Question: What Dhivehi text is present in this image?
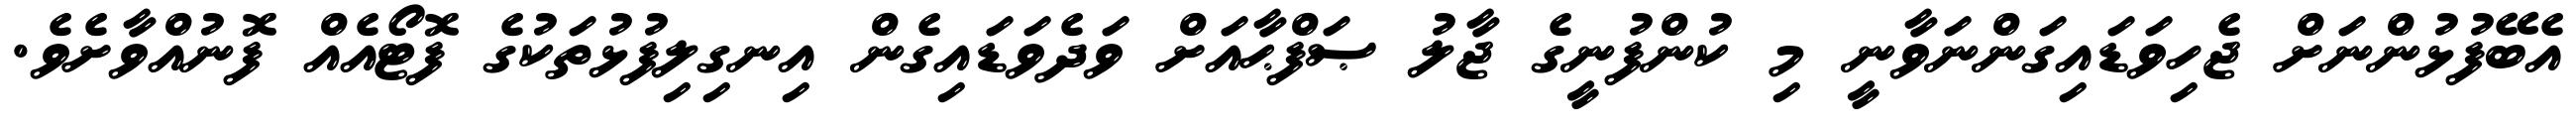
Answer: އެބޭފުޅުންނަށް ޖެހިވަޑައިގަންނަވާނީ މި ކުންފުނީގެ ޖާލު ޞަފްޙާއަށް ވަދެވަޑައިގެން އިނގިލިފުޅުތަކުގެ ފޮޓޯއެއް ފޮނުއްވާށެވެ.